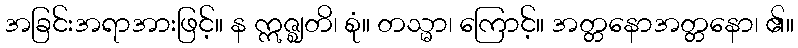
အခြင်းအရာအားဖြင့်။ န ဣဇ္ဈတိ၊ စုံ။ တသ္မာ၊ ကြောင့်။ အတ္တနောအတ္တနော၊ ၏။